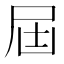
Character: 屆